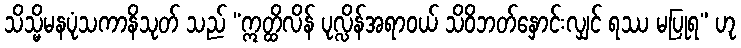
သိသ္မိမနပုံသကာနိသုတ် သည် “ဣတ္ထိလိန် ပုလ္လိန်အရာဝယ် သိဝိဘတ်နှောင်းလျှင် ရဿ မပြုရ” ဟု